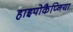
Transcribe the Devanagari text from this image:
हाइपोकैप्निया